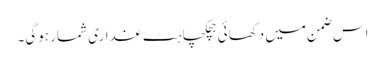
اس ضمن میں دکھائی ہچکچاہٹ غداری شمار ہوگی۔